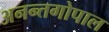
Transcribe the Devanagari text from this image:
अनन्तगोपाल